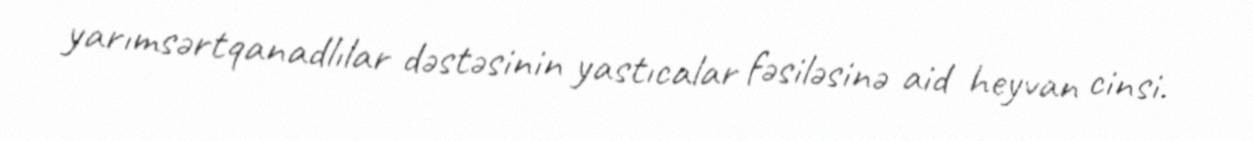
yarımsərtqanadlılar dəstəsinin yastıcalar fəsiləsinə aid heyvan cinsi.